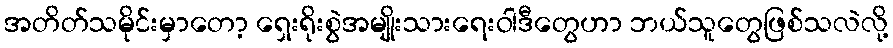
အတိတ်သမိုင်းမှာတော့ ရှေးရိုးစွဲအမျိုးသားရေးဝါဒီတွေဟာ ဘယ်သူတွေဖြစ်သလဲလို့